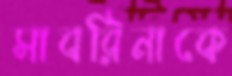
সাবরিনাকে